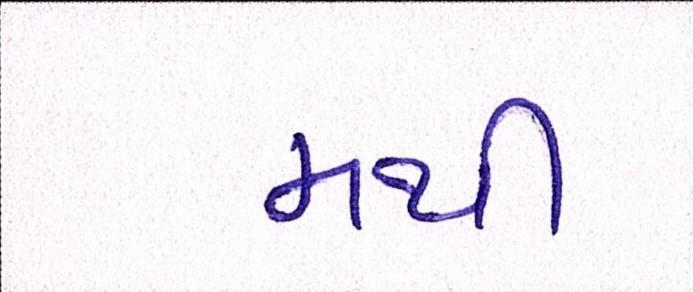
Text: મથી